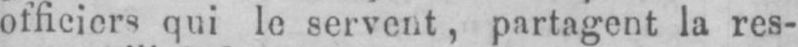
officiers qui le servent, partagent la res-